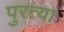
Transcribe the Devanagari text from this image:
पुरत्या